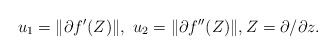
\begin{align*}u_1 =\|\partial f'(Z)\|,\ u_2=\|\partial f''(Z)\|,Z=\partial/\partial z.\end{align*}